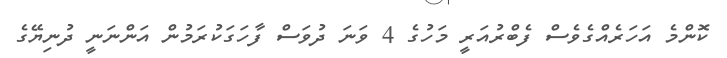
ކޮންމެ އަހަރެއްގެވެސް ފެބްރުއަރީ މަހުގެ 4 ވަނަ ދުވަސް ފާހަގަކުރަމުން އަންނަނީ ދުނިޔޭގެ